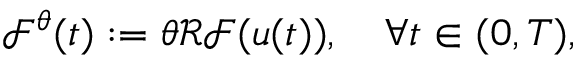
\mathcal { F } ^ { \theta } ( t ) : = \theta \mathcal { R } \mathcal { F } ( u ( t ) ) , \quad \forall t \in ( 0 , T ) ,